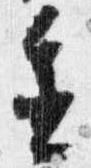
進